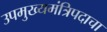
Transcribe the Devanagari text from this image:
उपमुख्यमंत्रिपदाचा